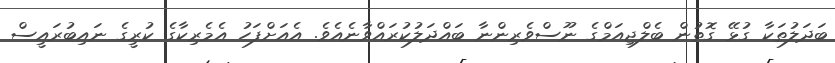
ބަދަލުތަކާ ގުޅޭ ގޮތުން ބެލްޖިިއަމްގެ ނޫސްވެރިންނާ ބައްދަލުކުރައްވާނެއެވެ. އެއަށްފަހު އެމެރިކާގެ ކުރީގެ ނައިބުރައީސް